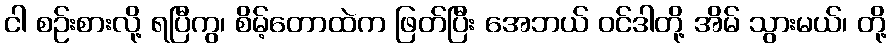
ငါ စဉ်းစားလို့ ရပြီကွ၊ စိမ့်တောထဲက ဖြတ်ပြီး အေဘယ် ဝင်ဒါတို့ အိမ် သွားမယ်၊ တို့